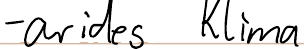
- arides Klima